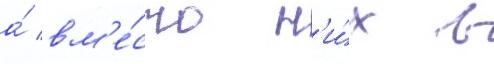
а́ вм'е́сто н'и́х в